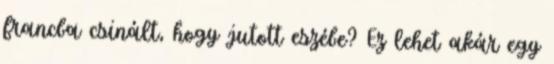
francba csinált, hogy jutott eszébe? Ez lehet akár egy